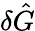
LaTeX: \delta\hat{G}